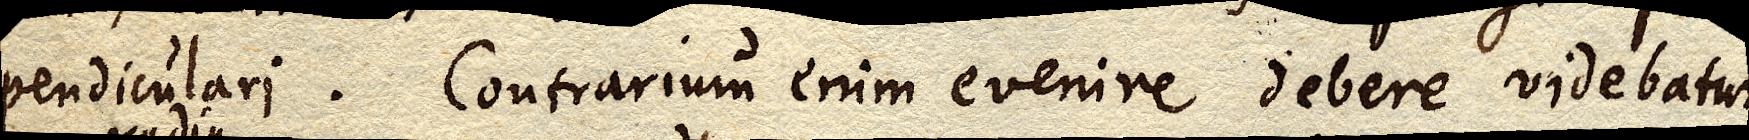
pendiculari. Contrarium enim evenire debere videbatur